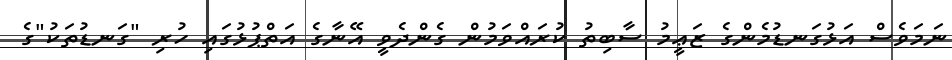
ނަމަވެސް އަޅުގަނޑުމެންގެ ޒަޢީމު ސާބިތު ކުރައްވަމުން ގެންދެވީ އޭނާގެ އަތްޕުޅުގައި ހުރި "ގަނޑުތަކު"ގެ